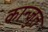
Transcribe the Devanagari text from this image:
कान्जुत